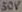
Text: 50V